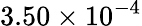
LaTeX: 3.50\times 10^{-4}